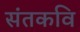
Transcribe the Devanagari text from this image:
संतकवि